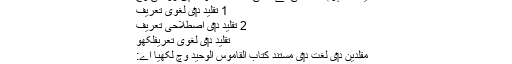
تقلید دا مفہوم فقہ حنفی تے حنفی علما دے اقوال د‏‏ی روشنی وچ
1 تقلید د‏‏ی لغوی تعریف
2 تقلید د‏‏ی اصطلاحی تعریف
تقلید د‏‏ی لغوی تعریفلکھو
مقلدین د‏‏ی لغت د‏‏ی مستند کتاب القاموس الوحید وچ لکھیا اے:
قلّد۔